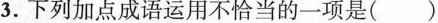
3.下列加点成语运用不恰当的一项是()